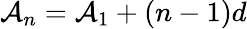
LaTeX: \mathcal{A}_{n}=\mathcal{A}_{1}+(n-1)d